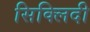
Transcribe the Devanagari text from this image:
सिक्लिदी